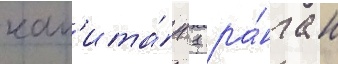
кап'ита́н 1 ра́нга н